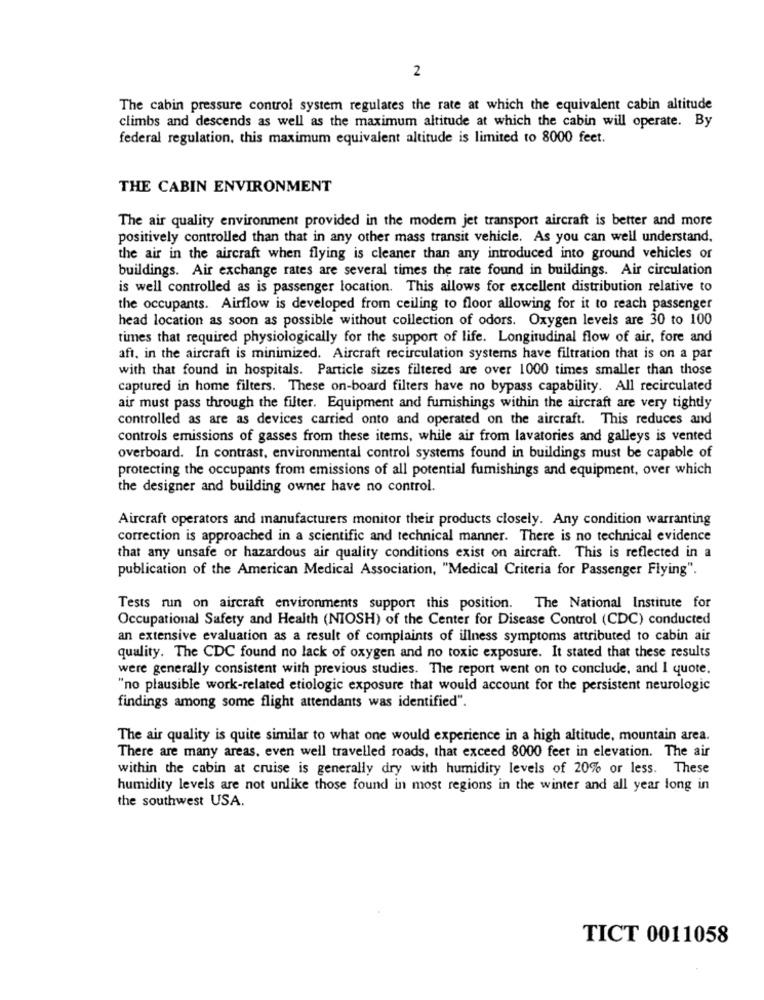
2
The cabin pressure control system regulares the rate at which the equivalent cabin altitude
climbs and descends as well as the maximum altitude at which the cabin will operate. By
federal regulation, this maximum equivalent altitude is limited to 8000 feet.
THE CABIN ENVIRONMENT
The air quality environment provided in the modem jet transport aircraft is better and more
positively controlled than that in any other mass transit vehicle. As you can well understand.
the air in the aircraft when flying is cleaner than any introduced into ground vehicles or
buildings. Air exchange rates are several times the rate found in buildings. Air circulation
is well controlled as is passenger location. This allows for excellent distribution relative to
the occupants. Airflow is developed from ceiling to floor allowing for it to reach passenger
head location as soon as possible without collection of odors. Oxygen levels are 30 to 100
times that required physiologically for the support of life. Longitudinal flow of air, fore and
aft, in the aircraft is minimized. Aircraft recirculation systems have filtration that is on a par
with that found in hospitals. Particle sizes filtered are over 1000 times smaller than those
captured in home filters. These on-board filters have no bypass capability. All recirculated
air must pass through the filter. Equipment and furnishings within the aircraft are very tightly
controlled as are as devices carried onto and operated on the aircraft. This reduces and
controls emissions of gasses from these items, while air from lavatories and galleys is vented
overboard. In contrast, environmental control systems found in buildings must be capable of
protecting the occupants from emissions of all potential fumishings and equipment, over which
the designer and building owner have no control.
Aircraft operators and manufacturers monitor their products closely. Any condition warranting
correction is approached in a scientific and technical manner. There is no technical evidence
that any unsafe or hazardous air quality conditions exist on aircraft. This is reflected in a
publication of the American Medical Association, "Medical Criteria for Passenger Flying".
Tests run on aircraft environments support this position. The National Institute for
Occupational Safety and Health (NIOSH) of the Center for Disease Control (CDC) conducted
an extensive evaluation as a result of complaints of illness symptoms attributed to cabin air
quality. The CDC found no lack of oxygen and no toxic exposure. It stated that these results
were generally consistent with previous studies. The report went on to conclude, and I quote.
"no plausible work-related etiologic exposure that would account for the persistent neurologic
findings among some flight attendants was identified".
The air quality is quite similar to what one would experience in a high altitude, mountain area.
There are many areas. even well travelled roads, that exceed 8000 feet in elevation. The air
within the cabin at cruise is generally dry with humidity levels of 20% or less. These
humidity levels are not unlike those found in most regions in the winter and all year long in
the southwest USA.
TICT 0011058